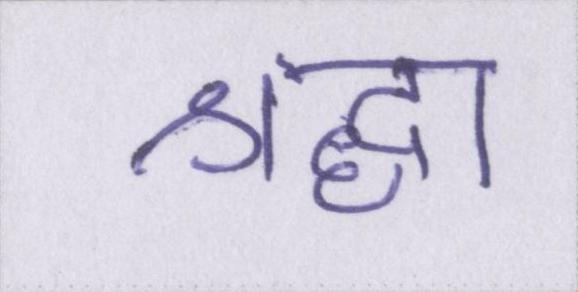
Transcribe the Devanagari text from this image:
श्रद्धा